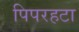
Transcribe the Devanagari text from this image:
पिपरहटा